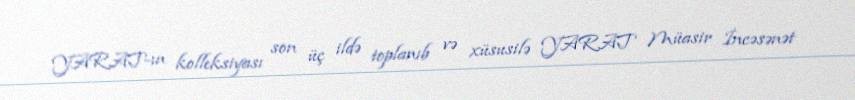
YARAT-ın kolleksiyası son üç ildə toplanıb və xüsusilə YARAT Müasir İncəsənət